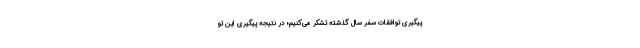
پیگیری توافقات سفر سال گذشته تشکر می‌کنیم؛ در نتیجه پیگیری این تو